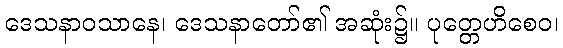
ဒေသနာဝသာနေ၊ ဒေသနာတော်၏ အဆုံး၌။ ပုတ္တေဟိစေဝ၊